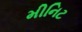
મીનિટ